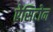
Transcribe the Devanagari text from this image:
ऐसिटोन